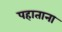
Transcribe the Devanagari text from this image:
पहाताना